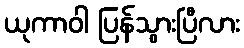
ယုကာဝါ ပြန်သွားပြီလား